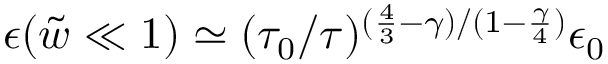
\epsilon ( { \tilde { w } } \ll 1 ) \simeq ( \tau _ { 0 } / \tau ) ^ { ( \frac { 4 } { 3 } - \gamma ) / ( 1 - \frac { \gamma } { 4 } ) } \epsilon _ { 0 }